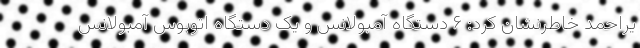
یراحمد خاطرنشان کرد: ۶ دستگاه آمبولانس و یک دستگاه اتوبوس آمبولانس